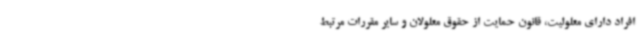
افراد دارای معلولیت، قانون حمایت از حقوق معلولان و سایر مقررات مرتبط